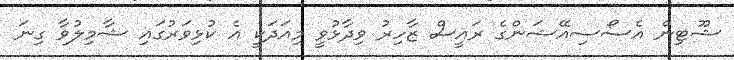
ޝޫޓިން އެސޯސިއޭޝަންގެ ރައީސް ޒާހިރު ވިދާޅުވީ މިއަދަކީ އެ ކުޅިވަަރުގައި ޝާމިލުވާ ގިނަ